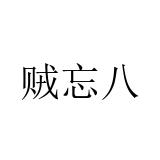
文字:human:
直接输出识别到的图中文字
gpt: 贼忘八